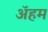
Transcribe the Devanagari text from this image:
ॲहम